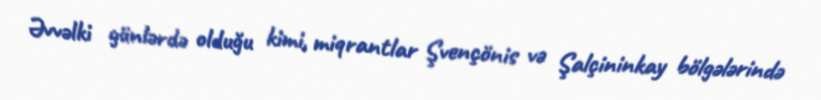
Əvvəlki günlərdə olduğu kimi, miqrantlar Şvençönis və Şalçininkay bölgələrində